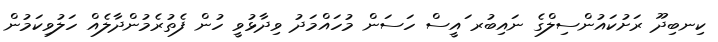
ކިނބިދޫ ރަށުކައުންސިލްގެ ނައިބުރ ައީސް ހަސަން މުހައްމަދު ވިދާޅުވީ ހުން ފެތުރެމުންދާލެއް ހަލުވިކަމުން